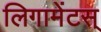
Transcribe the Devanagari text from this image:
लिगामेंटस्